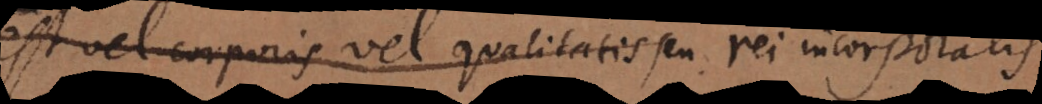
est vel corporis vel qualitatis seu rei incorporalis